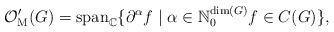
LaTeX: \begin{align*}\mathcal O_\mathrm{M}'(G) = \operatorname{span}_\mathbb{C}\{\partial^\alpha f \mid \alpha\in\mathbb{N}^{\dim(G)}_0f\in C(G) \},\end{align*}